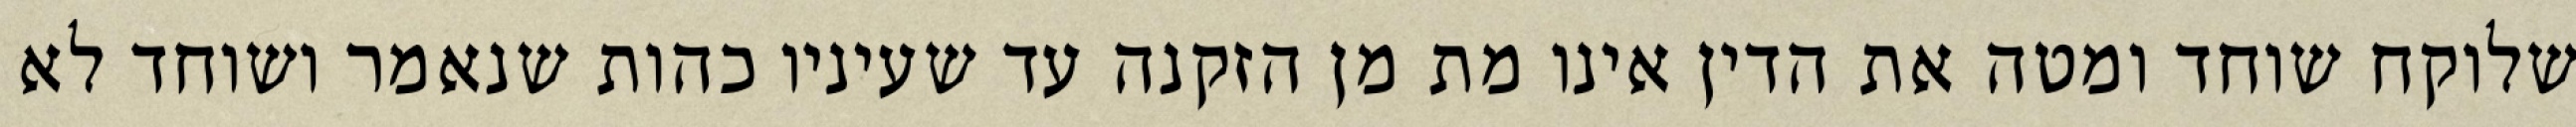
שלוקח שוחד ומטה את הדין אינו מת מן הזקנה עד שעיניו כהות שנאמר ושוחד לא